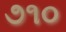
૭૧૦